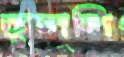
ভুললি